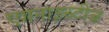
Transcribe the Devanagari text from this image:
एगनाइस्टीज़